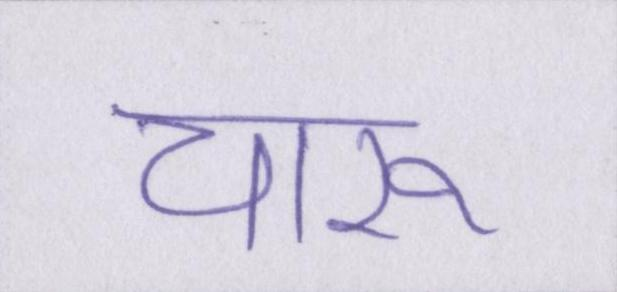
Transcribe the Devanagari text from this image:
चारू